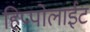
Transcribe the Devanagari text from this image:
हिप्पोलाईट